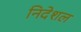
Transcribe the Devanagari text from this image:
निदेशल